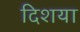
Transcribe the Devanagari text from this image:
दिशया